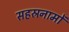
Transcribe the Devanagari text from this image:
सहस्रनामों